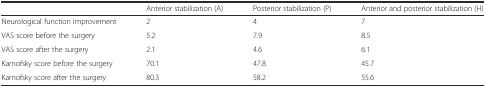
|  | Anterior stabilization (A) | Posterior stabilization (P) | Anterior and posterior stabilization (H) |
 | --- | --- | --- | --- |
 | Neurological function improvement | 2 | 4 | 7 |
 | VAS score before the surgery | 5.2 | 7.9 | 8.5 |
 | VAS score after the surgery | 2.1 | 4.6 | 6.1 |
 | Karnofsky score before the surgery | 70.1 | 47.8 | 45.7 |
 | Karnofsky score after the surgery | 80.3 | 58.2 | 55.6 |